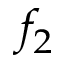
f _ { 2 }